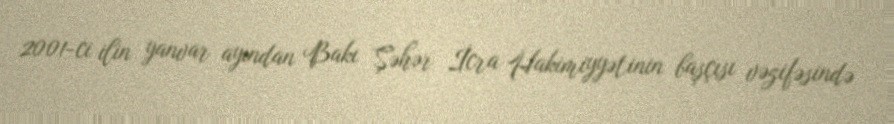
2001-ci ilin yanvar ayından Bakı Şəhər İcra Hakimiyyətinin başçısı vəzifəsində